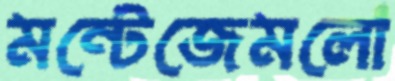
মন্টেজেমলো